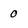
Character: 0